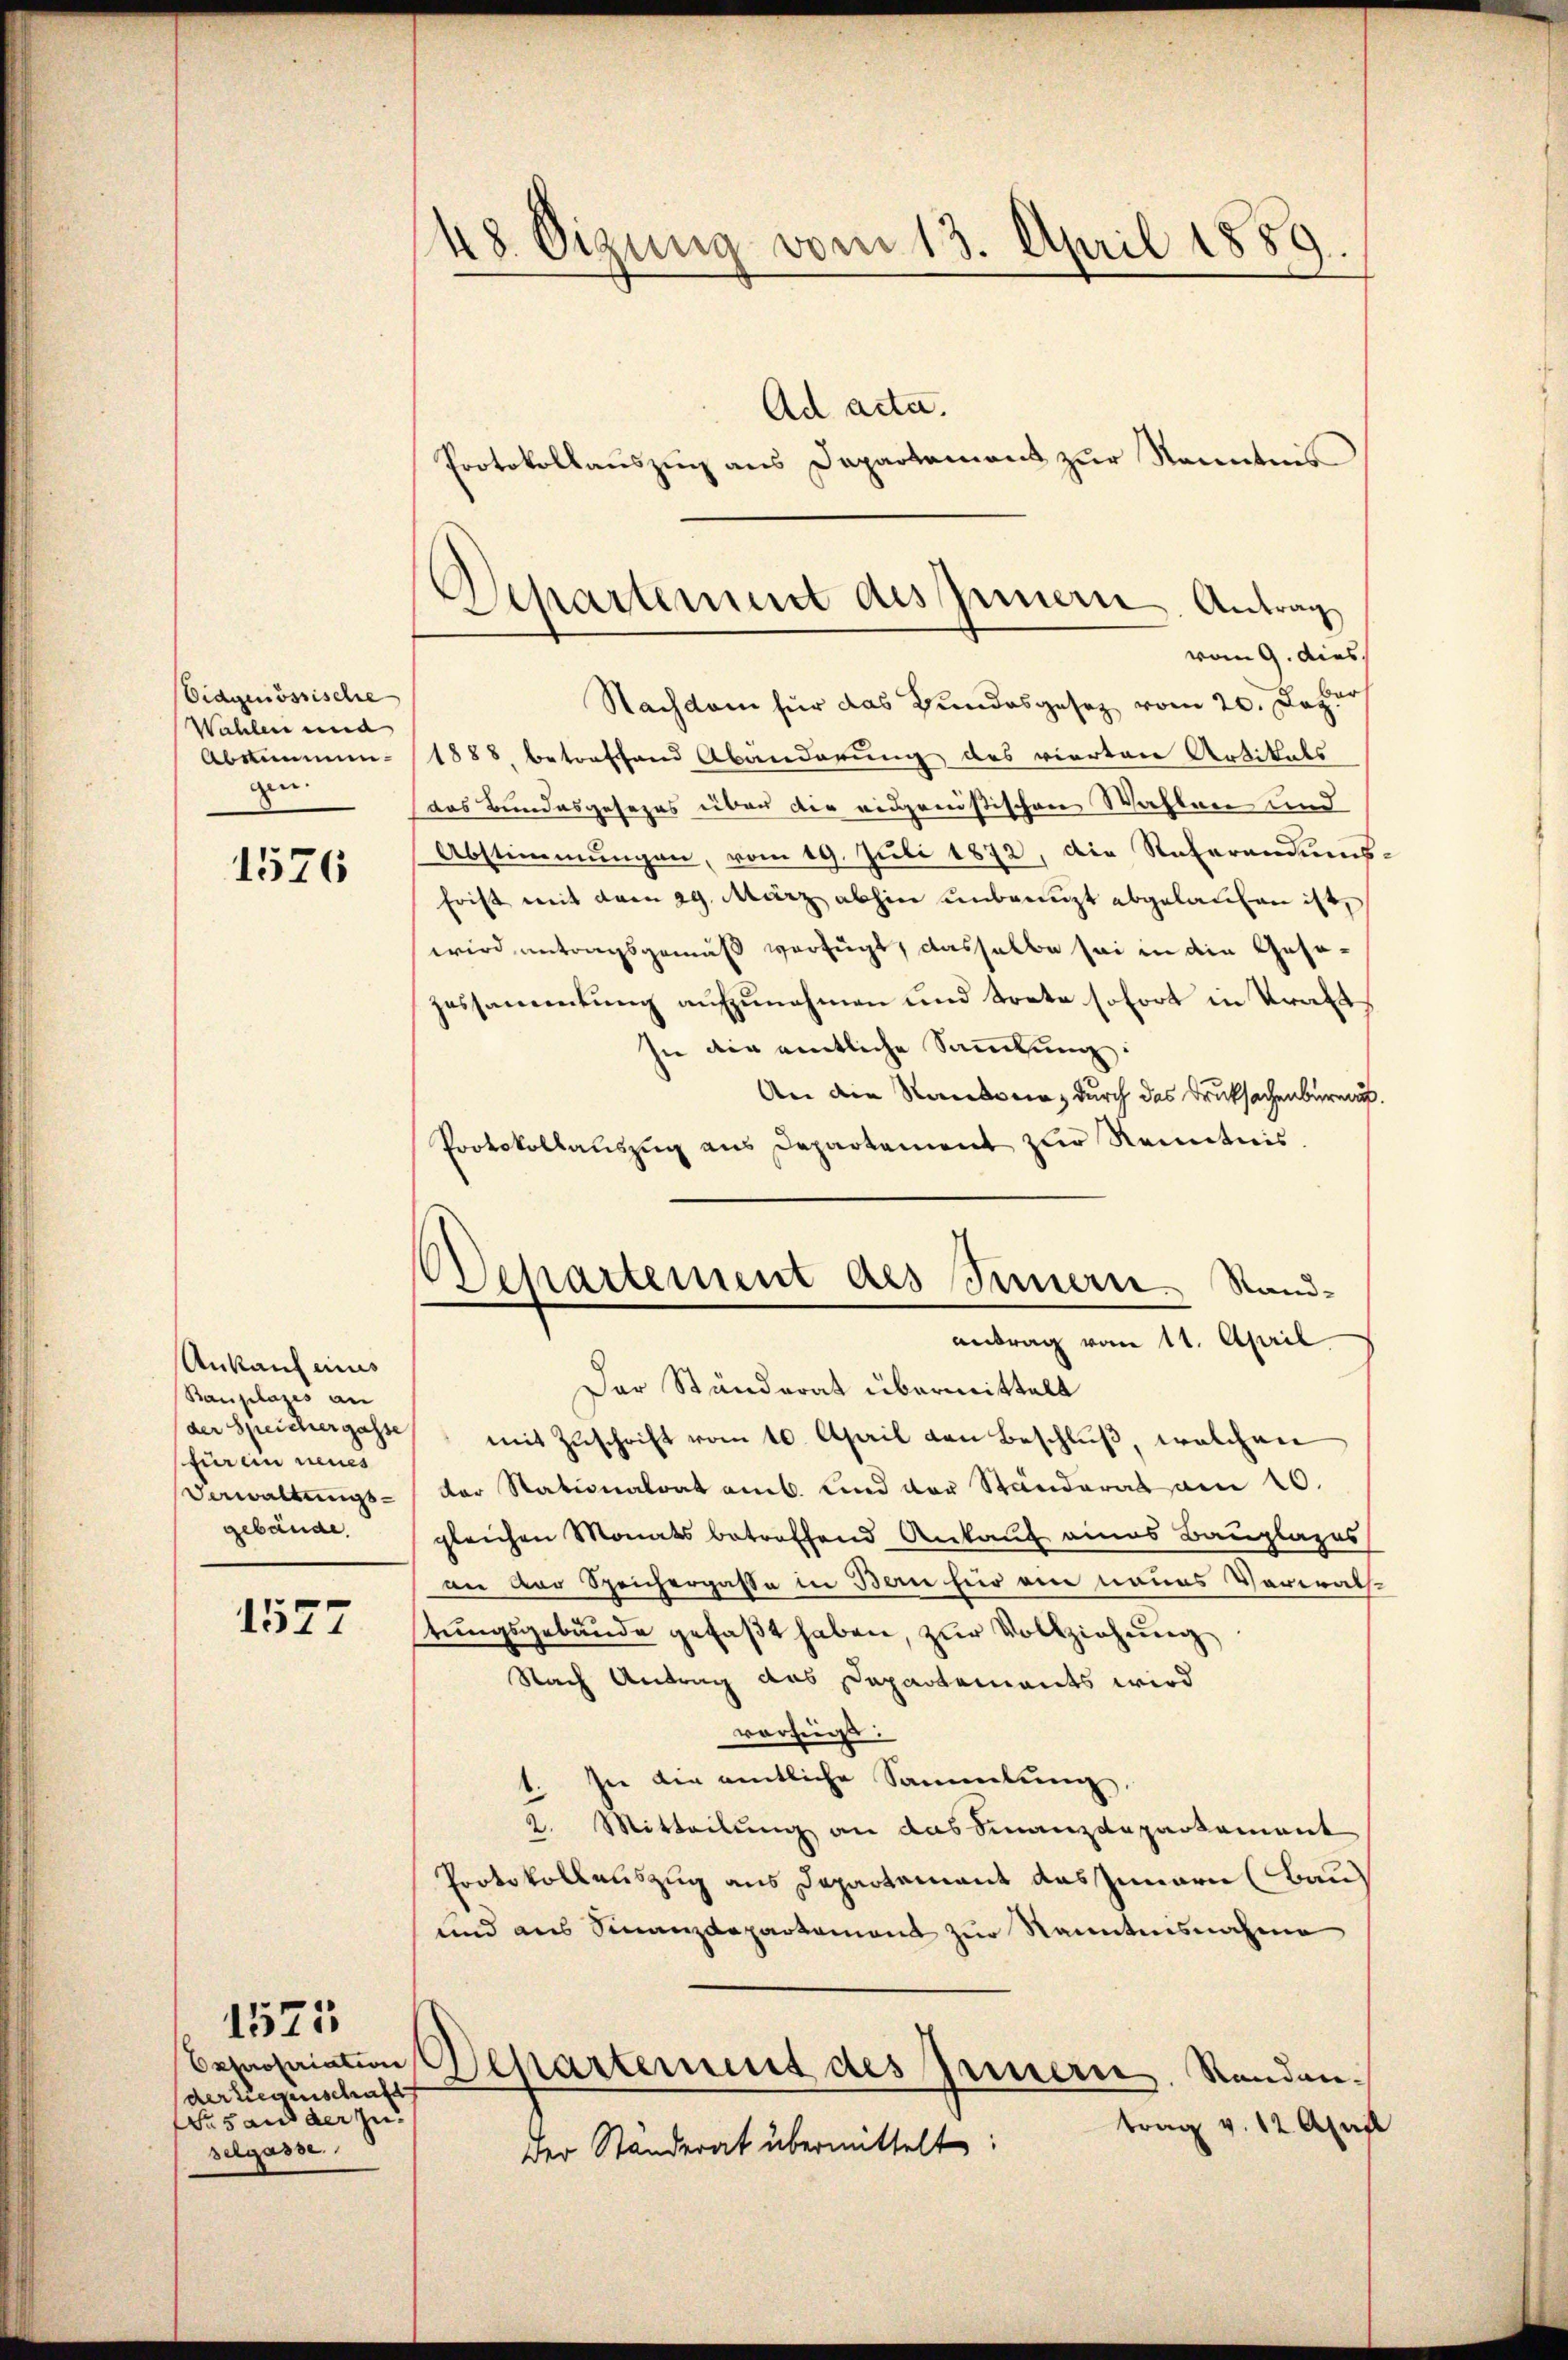
Eidgenössische
Wahlen und
Abkommen.
gen.

1576

Ankauf eins
Bauplazes an
der Speichergasse
für ein neues
Verwaltungsgebäude.

1527

der Liegenschaft
r s an der zu
selgasse.

1525

48. Oigung vom 13. April 1889.
Ad acta.
Protokollauszug aus Departement zur Kenntnis

Departement des Innern. Antrag
vom 9. dies

chartement des Innern. Standantrag vom 11. April

Nachdem für das Bundesgesetz vom 20. Dazur
1888, betreffend Abänderung des viertare Artikals
das Bundesgesezes über die eidgenößischen Wahlen und
Abstimmungen, vom 19. Juli 1872, die Referandums-
Frist mit dem 29. März abhin unbeengt abgelaufen ist,
wird antragsgemäß verfügt, dasselbe sei in die Gesezessammlung aufzunehmen und trete sofort in Kraft
In die amtliche Sammlung:
An die Rauben, durch das Druksachenbureau.
Protokollauszug aus Departement zur Kenntnis.
Der Stunderat übermittelt
mit Zuschrift vom 10. April von Beschluß, welchen
der Stationalrat amt. und vor Ständerat am 20.
gleichen Monats betreffend Ankauf eines Bauplages
nn der Speicherpasse in Bern für ein neues Verwach-
tungsgebäude gefaßt haben, zur Vollziehung
Nach Antrag das Departements wird
vorzugs:
sie die amtliche Sammlung.
2. Mitteilung an das Finanzdepartement
Protokollauszug aus Departement das Innern (Bau)
und aus Finanzdepartament zur Kenntnisnahme
beherseiten Departement des Innern. Randantrag v. 12 April
Der Standerat übermittelt: